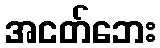
အငတ်ဘေး